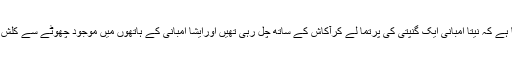
سامنے آئی تصویروں میں دکھ رہا ہے کہ نیتا امبانی ایک گنپتی کی پرتما لے کرآکاش کے ساتھ چل رہی تھیں اورایشا امبانی کے ہاتھوں میں موجود چھوٹے سے کلش پربھی سبھی کا دھیان گیا ہی ہوگا۔